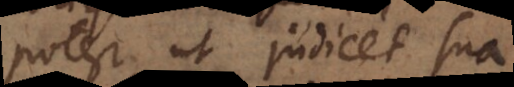
potest, ut judicet sua